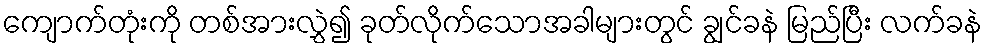
ကျောက်တုံးကို တစ်အားလွှဲ၍ ခုတ်လိုက်သောအခါများတွင် ချွင်ခနဲ မြည်ပြီး လက်ခနဲ